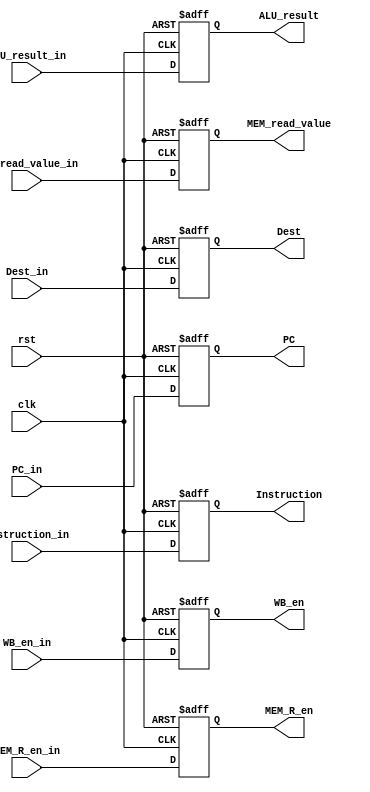
module MEM_Stage_Register(clk, rst, WB_en_in, MEM_R_en_in, ALU_result_in, MEM_read_value_in, PC_in, 
			  Instruction_in, Dest_in, WB_en, MEM_R_en, ALU_result, MEM_read_value, 
 			  PC, Instruction,Dest);
  input clk, rst, WB_en_in, MEM_R_en_in;
  input [31:0] ALU_result_in, MEM_read_value_in, PC_in, Instruction_in;
  input [3:0] Dest_in;
  output reg WB_en, MEM_R_en;
  output reg [31:0] ALU_result, MEM_read_value, PC, Instruction;
  output reg [3:0] Dest;

  always @(posedge clk, posedge rst)begin
    if(rst) begin
      PC <= 32'd0;
      Instruction <= 32'd0;
      MEM_read_value <= 32'd0;
      ALU_result <= 32'd0;
      WB_en <= 1'd0;
      MEM_R_en <= 1'd0;
      Dest <= 4'd0;
    end
    else begin
      PC <= PC_in;
      Instruction <= Instruction_in;
      MEM_read_value <= MEM_read_value_in;
      ALU_result <= ALU_result_in;
      WB_en <= WB_en_in;
      MEM_R_en <= MEM_R_en_in;
      Dest <= Dest_in;
    end
  end
endmodule